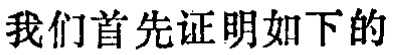
我们首先证明如下的